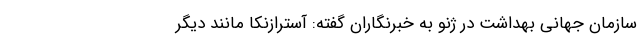
سازمان جهانی بهداشت در ژنو به خبرنگاران گفته: آسترازنکا مانند دیگر